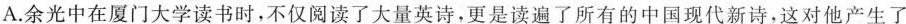
A.余光中在厦门大学读书时，不仅阅读了大量英诗，更是读了所有的中国现代新诗，这对他产生了